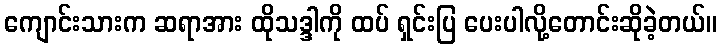
ကျောင်းသားက ဆရာအား ထိုသဒ္ဒါကို ထပ် ရှင်းပြ ပေးပါလို့တောင်းဆိုခဲ့တယ်။